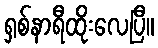
ရှစ်နာရီထိုးလေပြီ။